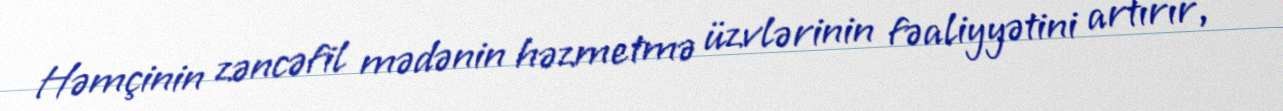
Həmçinin zəncəfil mədənin həzmetmə üzvlərinin fəaliyyətini artırır,